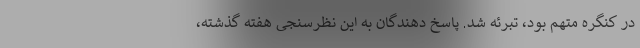
در کنگره متهم بود، تبرئه شد. پاسخ دهندگان به این نظرسنجی هفته گذشته،